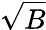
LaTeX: \sqrt{B}